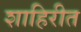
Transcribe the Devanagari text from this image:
शाहिरीत